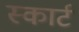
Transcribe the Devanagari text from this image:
स्कार्ट